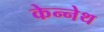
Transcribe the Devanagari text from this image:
केन्नेथ